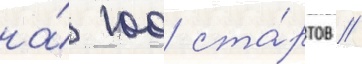
на́ 100 ста́ртов //